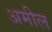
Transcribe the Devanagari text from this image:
अमील